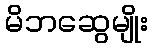
မိဘဆွေမျိုး